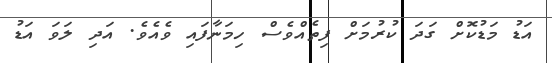
އަޑު މަޑުކޮށް ގަދަ ކުރުމަށް ފިތެއްވެސް ހިމަނާފައި ވެއެވެ. އަދި ލަވަ އަޑު